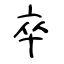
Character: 卒